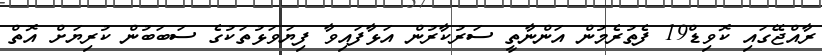
ރާއްޖޭގައި ކޮވިޑް19 ފެތުރެމުން އަންނާތީ ސަރުކާރުން އަޅާފައިވާ ފިޔަވަޅުތަކުގެ ސަބަބުން ކުރިޔަށް އޮތް